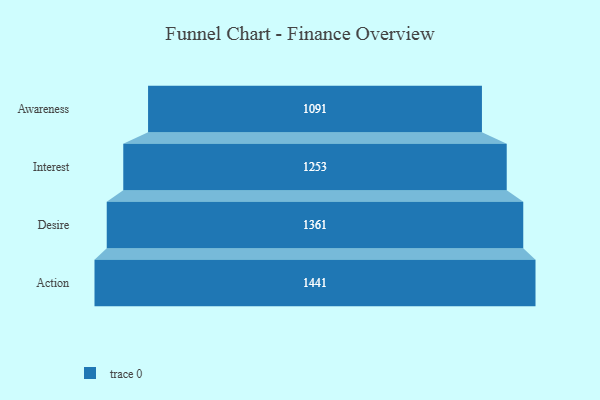
{"axis": {"x": "Stage", "y": "Value"}, "legend": [""], "data": [{"x": "Awareness", "y": 1091.0, "type": ""}, {"x": "Interest", "y": 1253.0, "type": ""}, {"x": "Desire", "y": 1361.0, "type": ""}, {"x": "Action", "y": 1441.0, "type": ""}]}